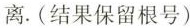
离。(结果保留根号)